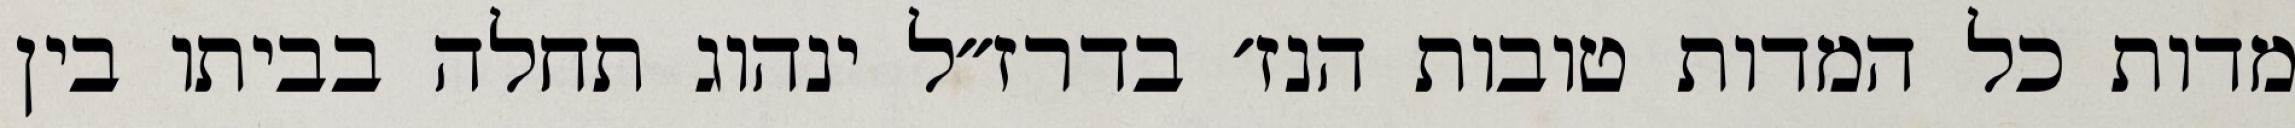
מדות כל המדות טובות הנז׳ בדרז״ל ינהוג תחלה בביתו בין